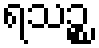
ရသဉ္စ